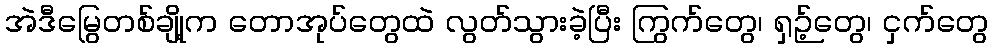
အဲဒီမြွေတစ်ချို့က တောအုပ်တွေထဲ လွတ်သွားခဲ့ပြီး ကြွက်တွေ၊ ရှဉ့်တွေ၊ ငှက်တွေ